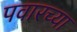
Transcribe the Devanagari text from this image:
पवारच्या